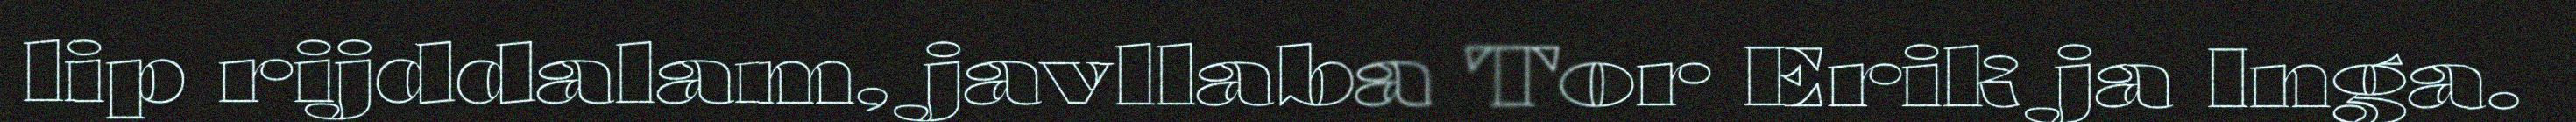
lip rijddalam, javllaba Tor Erik ja Inga.